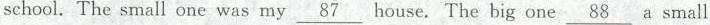
school. The small one was my \underline{87} house. The big one \underline{88} a small